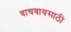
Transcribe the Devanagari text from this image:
वाचवायसाठी